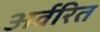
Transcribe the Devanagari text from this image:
अर्वरित